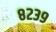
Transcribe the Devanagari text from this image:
८२३९